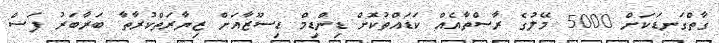
ގާތްގަނޑަކަށް 5000 މޭލުގެ ރާސްތާއެއް ކަޑައްތުކޮށް ޑިންޑިމް ޑިސޫޒާއަށް ޒިޔާރަތްކުރާތާ ބަރާބަރު ފަސް